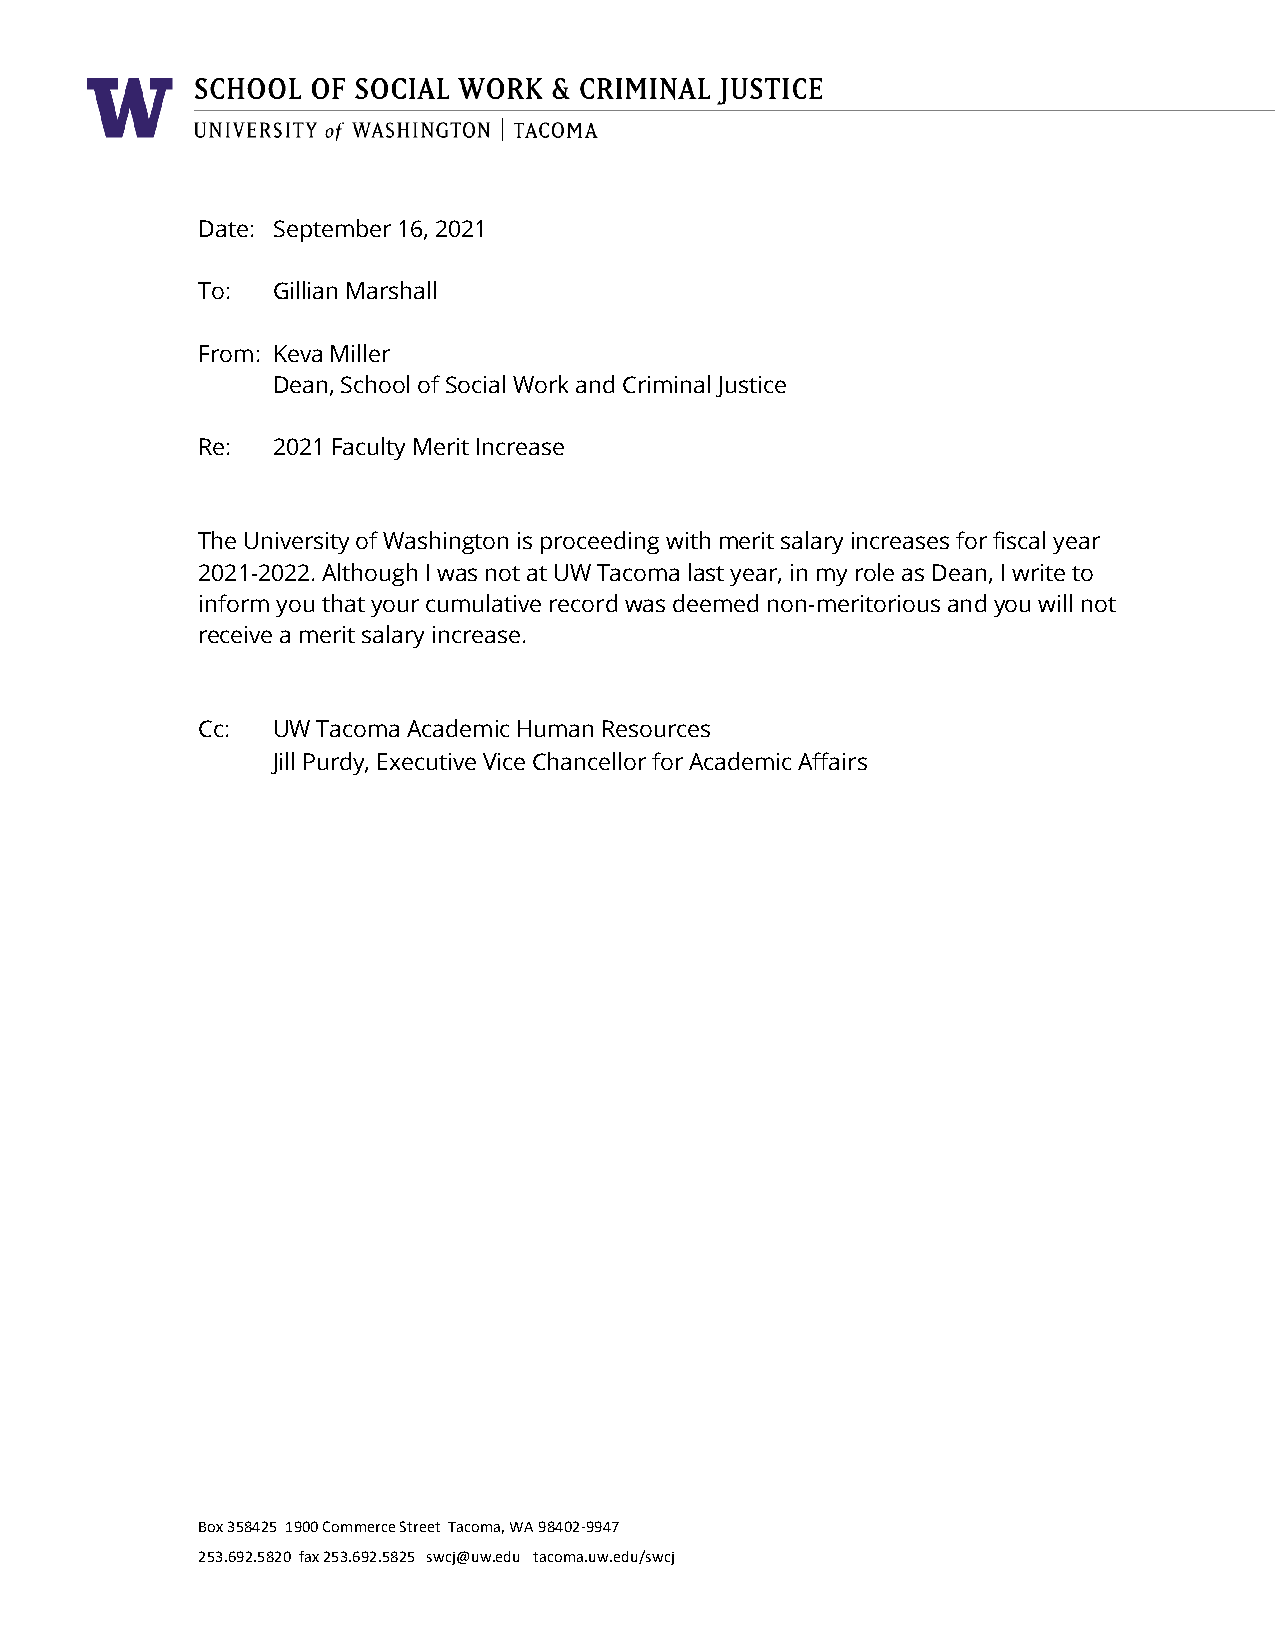
Date: September 16, 2021
 To:  Gillian Marshall
 From: Keva Miller
 Dean, School of Social Work and Criminal Justice
 Re:  2021 Faculty Merit Increase
 The University of Washington is proceeding with merit salary increases for fiscal year
 2021-2022. Although I was not at UW Tacoma last year, in my role as Dean, I write to
 inform you that your cumulative record was deemed non-meritorious and you will not
 receive a merit salary increase.
 Cc:  UW Tacoma Academic Human Resources
 Jill Purdy, Executive Vice Chancellor for Academic Affairs
 Box 358425 1900 Commerce Street Tacoma, WA 98402-9947
 253.692.5820 fax 253.692.5825 swcj@uw.edu tacoma.uw.edu/swcj